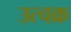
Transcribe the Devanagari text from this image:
उत्चक्र